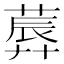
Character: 𦸳